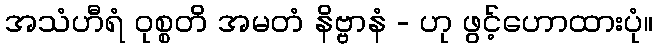
အသံဟီရံ ဝုစ္စတိ အမတံ နိဗ္ဗာနံ - ဟု ဖွင့်ဟောထားပုံ။